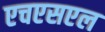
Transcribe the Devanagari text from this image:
एचएसएल